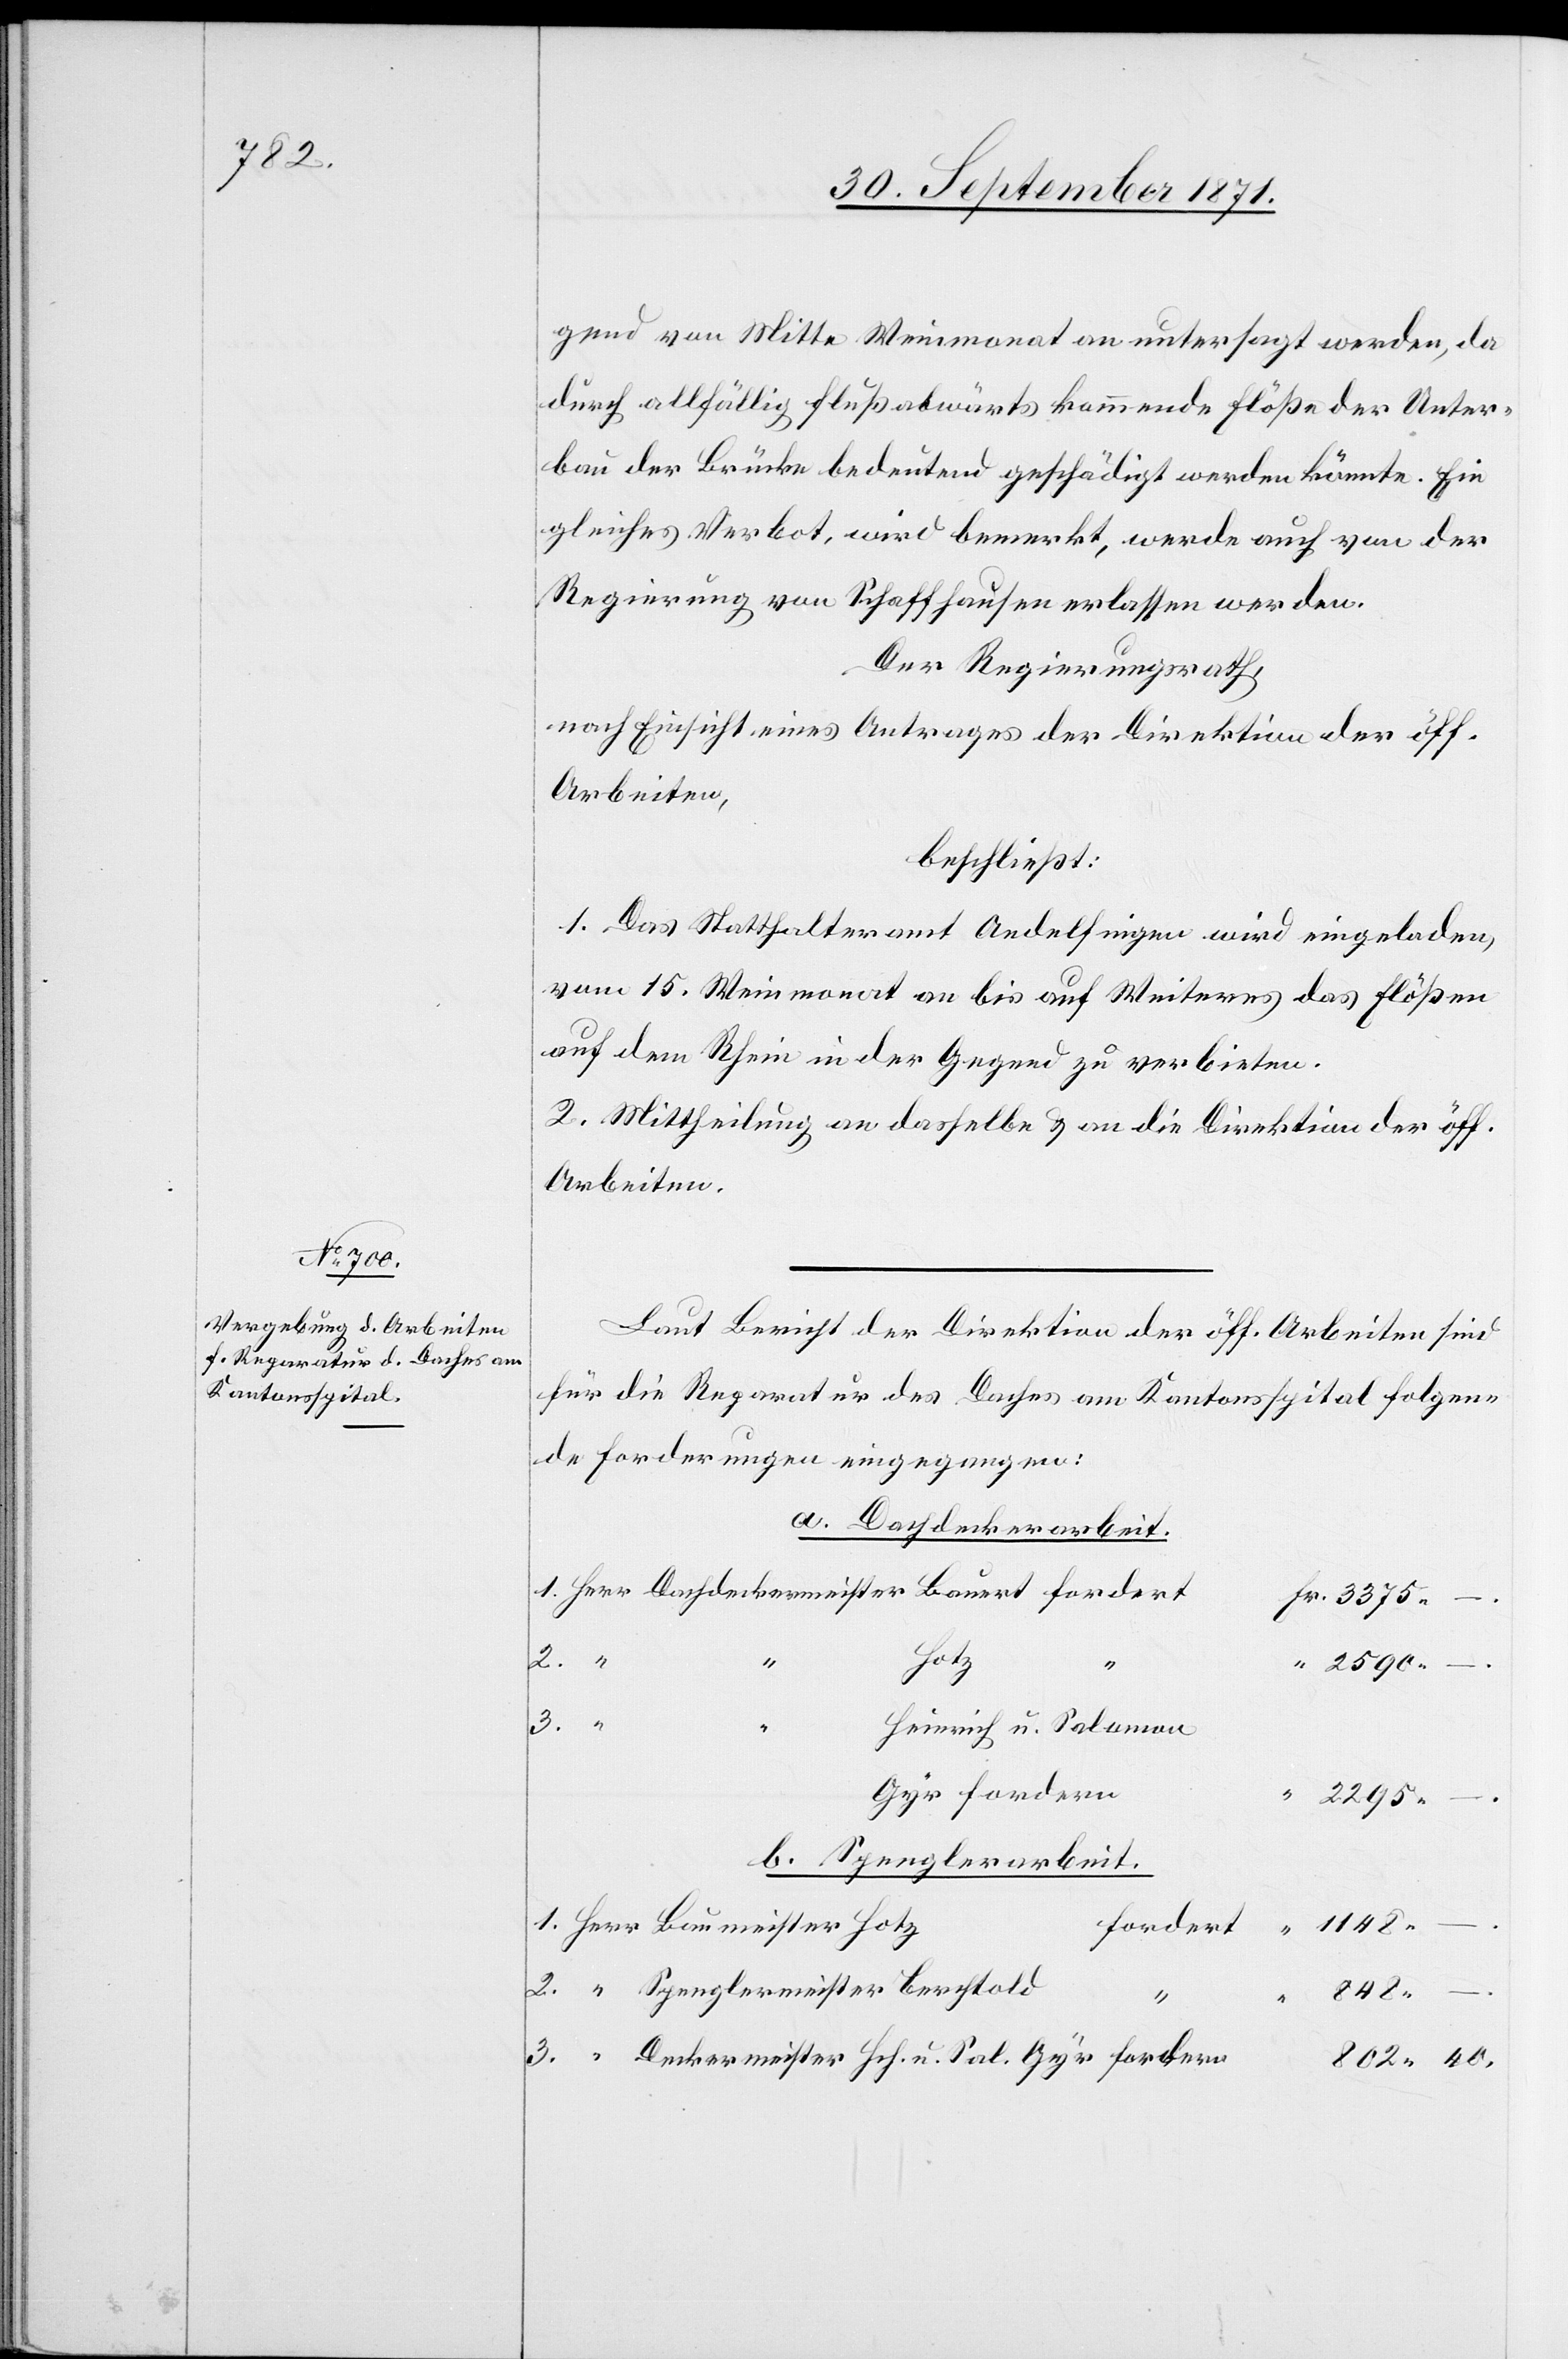
gend von Mitte Weinmonat an untersagt werden, da
durch allfällig flußabwärts kommende Flöße der Unter¬
bau der Brücke bedeutend geschädigt werden könnte. Ein
gleiches Verbot, wird bemerkt, werde auch von der
Regierung von Schaffhausen erlassen werden.
Der Regierungsrath,
nach Einsicht eines Antrages der Direktion der öff.
Arbeiten,
beschließt:
1. Das Statthalteramt Andelfingen wird eingeladen,
vom 15. Weinmonat an bis auf Weiteres das Flößen
auf dem Rhein in der Gegend zu verbieten.
2. Mittheilung an dasselbe & an die Direktion der öff.
Arbeiten
Laut Bericht der Direktion der öff. Arbeiten sind
für die Reparatur des Daches am Kantonsspital folgen¬
de Forderungen eingegangen.
a. Dachdeckerarbeit.
Hotz
3.
Heinrich u. Salomon
b. Spenglerarbeit.
1148.–.
fordern
S.
842.–.
802.40.